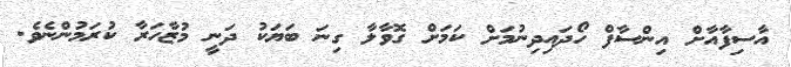
އާސިފާއާށް އިންސާފް ހޯދައިދިނުމަށް ކަމަށް ގޮވާލާ ގިނަ ބަޔަކު ދަނީ މުޒާހަރާ ކުރަމުންނެވެ.